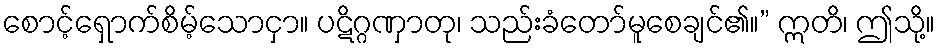
စောင့်ရှောက်စိမ့်သောငှာ။ ပဋိဂ္ဂဏှာတု၊ သည်းခံတော်မူစေချင်၏။” ဣတိ၊ ဤသို့။